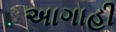
અાગાહી